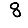
Digit: 8